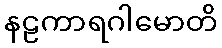
နဠကာရဂါမောတိ